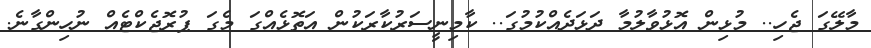
މާލޭގަ ޖެހި.. މުޅިން އޮޅުވާލުމާ ދަޅަދެއްކުމުގަ.. ކާމިނީސަރުކާރަކުން އަތޮޅެއްގަ މެގަ ޕުރޮޖެކްޓެއް ނުހިންގާނެ.